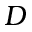
D